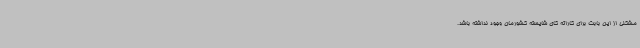
مشکلی از این بابت برای کاراته کای شایسته کشورمان وجود نداشته باشد.